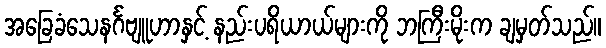
အခြေခံသေနင်္ဂဗျူဟာနှင့် နည်းပရိယာယ်များကို ဘကြီးမိုးက ချမှတ်သည်။